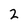
Character: 2